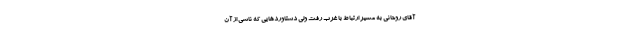
آقای روحانی به مسیر ارتباط با غرب رفت ولی دستاوردهایی که ناشی از آن